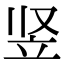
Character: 竖